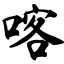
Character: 喀